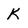
Character: k